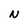
Character: N